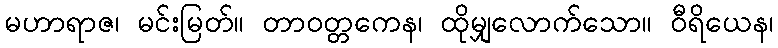
မဟာရာဇ၊ မင်းမြတ်။ တာဝတ္တကေန၊ ထိုမျှလောက်သော။ ဝီရိယေန၊